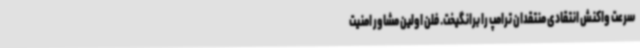
سرعت واکنش انتقادی منتقدان ترامپ را برانگیخت. فلن اولین مشاور امنیت